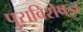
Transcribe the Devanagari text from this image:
पुराविशेषज्ञ